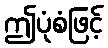
ဤပုံစံဖြင့်